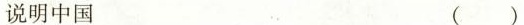
说明中国 ()